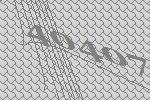
40407